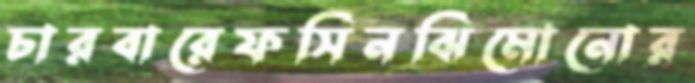
চারবারেফসিনঝিমোনোর